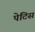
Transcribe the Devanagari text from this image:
पेटिस